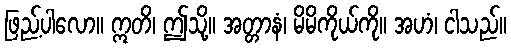
ဖြည့်ပါလော။ ဣတိ၊ ဤသို့။ အတ္တာနံ၊ မိမိကိုယ်ကို။ အဟံ၊ ငါသည်။